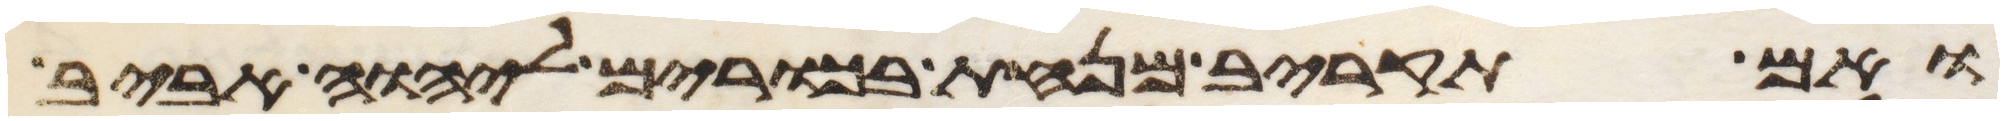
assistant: ואם תקריב מנחת בכורים ליהוה אביב